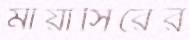
মায়াসিরের